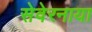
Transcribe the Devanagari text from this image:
सेवेरनाया